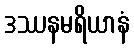
ဒဿနမရိယာနံ